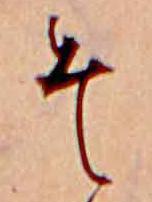
そ